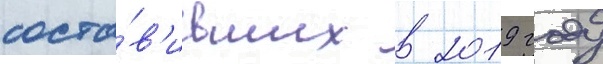
соста́в'ивших в 2019 году